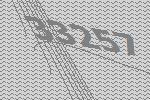
33257